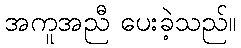
အကူအညီ ပေးခဲ့သည်။